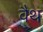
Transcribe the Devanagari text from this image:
वैथ